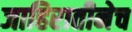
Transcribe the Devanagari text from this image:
जाहिरातीनेच